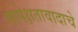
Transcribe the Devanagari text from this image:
सापेक्षतावादाचे